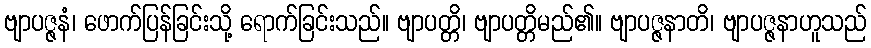
ဗျာပဇ္ဇနံ၊ ဖောက်ပြန်ခြင်းသို့ ရောက်ခြင်းသည်။ ဗျာပတ္တိ၊ ဗျာပတ္တိမည်၏။ ဗျာပဇ္ဇနာတိ၊ ဗျာပဇ္ဇနာဟူသည်